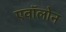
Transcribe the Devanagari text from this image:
एवॉलोन